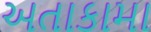
અતાકામા